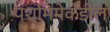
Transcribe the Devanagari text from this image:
पश्मिमेकडील